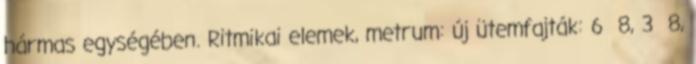
hármas egységében. Ritmikai elemek, metrum: új ütemfajták: 6 8, 3 8,